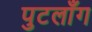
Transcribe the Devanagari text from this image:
पुटलाँग